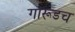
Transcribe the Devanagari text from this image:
गारूडच